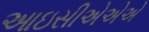
આઇસીએએએ